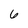
Character: 6